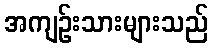
အကျဉ်းသားများသည်